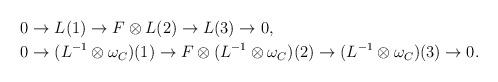
LaTeX: \begin{align*}& 0\to L(1)\to F \otimes L(2)\to L(3)\to0,\\& 0\to(L^{-1}\otimes\omega_C)(1)\to F\otimes(L^{-1}\otimes\omega_C)(2)\to(L^{-1}\otimes\omega_C)(3)\to0.\end{align*}